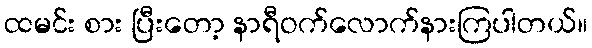
ထမင်း စား ပြီးတော့ နာရီဝက်လောက်နားကြပါတယ်။